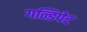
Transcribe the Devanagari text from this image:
गन्डिपेट